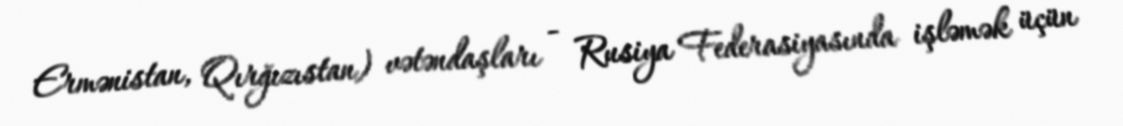
Ermənistan, Qırğızıstan) vətəndaşları - Rusiya Federasiyasında işləmək üçün